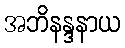
အဘိနန္ဒနာယ